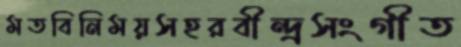
মতবিনিময়সহরবীন্দ্রসংগীত